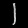
Digit: ၂